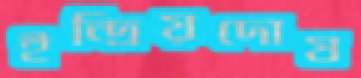
ইন্দ্রিয়দোষ